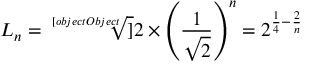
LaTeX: L _ { n } = { \sqrt [ [object Object] ] { 2 } } \times \left( { \frac { 1 } { \sqrt { 2 } } } \right) ^ { n } = 2 ^ { { \frac { 1 } { 4 } } - { \frac { 2 } { n } } }